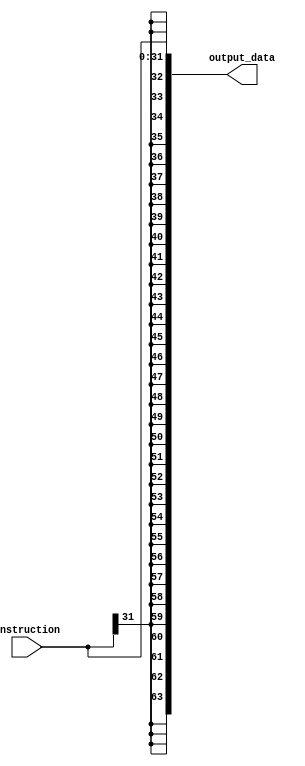
module immGen(instruction, output_data);

	input [31:0] instruction;
	output reg [63:0] output_data;

	always@(instruction)
    begin 
        output_data <= $signed(instruction);
    end

    
endmodule